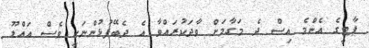
ޕާޓީގެ އެންމެ އިސް ދެ މަގާމަށް ވާދަކުރައްވާ އެ ދެބޭފުޅުންނަކީ ވެސް އައްޑޫ